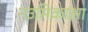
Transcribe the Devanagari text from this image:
नउसिकाआ